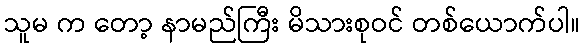
သူမ က တော့ နာမည်ကြီး မိသားစုဝင် တစ်ယောက်ပါ။